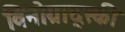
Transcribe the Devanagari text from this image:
विनोग्राद्स्की